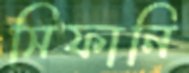
সিফানি